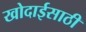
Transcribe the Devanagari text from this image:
खोदाईसाठी